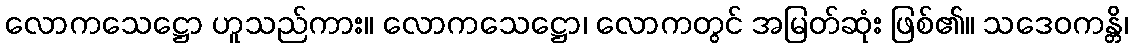
လောကသေဋ္ဌော ဟူသည်ကား။ လောကသေဋ္ဌော၊ လောကတွင် အမြတ်ဆုံး ဖြစ်၏။ သဒေဝကန္တိ၊